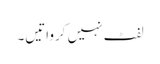
لفٹ نہیں کرواتیں۔